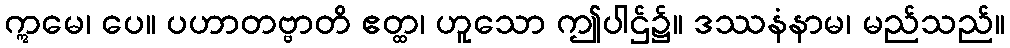
ဣမေ၊ ပေ။ ပဟာတဗ္ဗာတိ ဧတ္ထ၊ ဟူသော ဤပါဌ်၌။ ဒဿနံနာမ၊ မည်သည်။